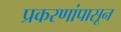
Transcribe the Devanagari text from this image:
प्रकरणांपासून